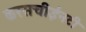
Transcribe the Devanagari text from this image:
करसचीईनटी